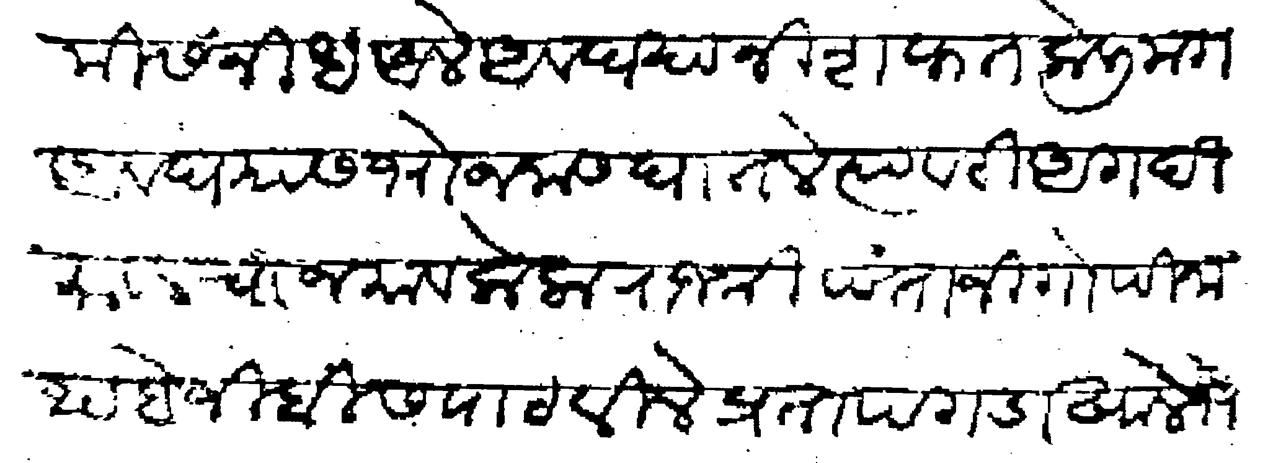
Transliteration (Devanagari): स्वामी संनिध अले अवघ्यांनी शफत केली मग अवघ्यास भोजनास घातले त्यावरी अगदी मावलचा जमाव केला राजश्री पंताची गोपींनाथ हेजिबीस पाठविले प्रतापगडाखाले भेटी